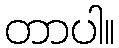
တာပါ။